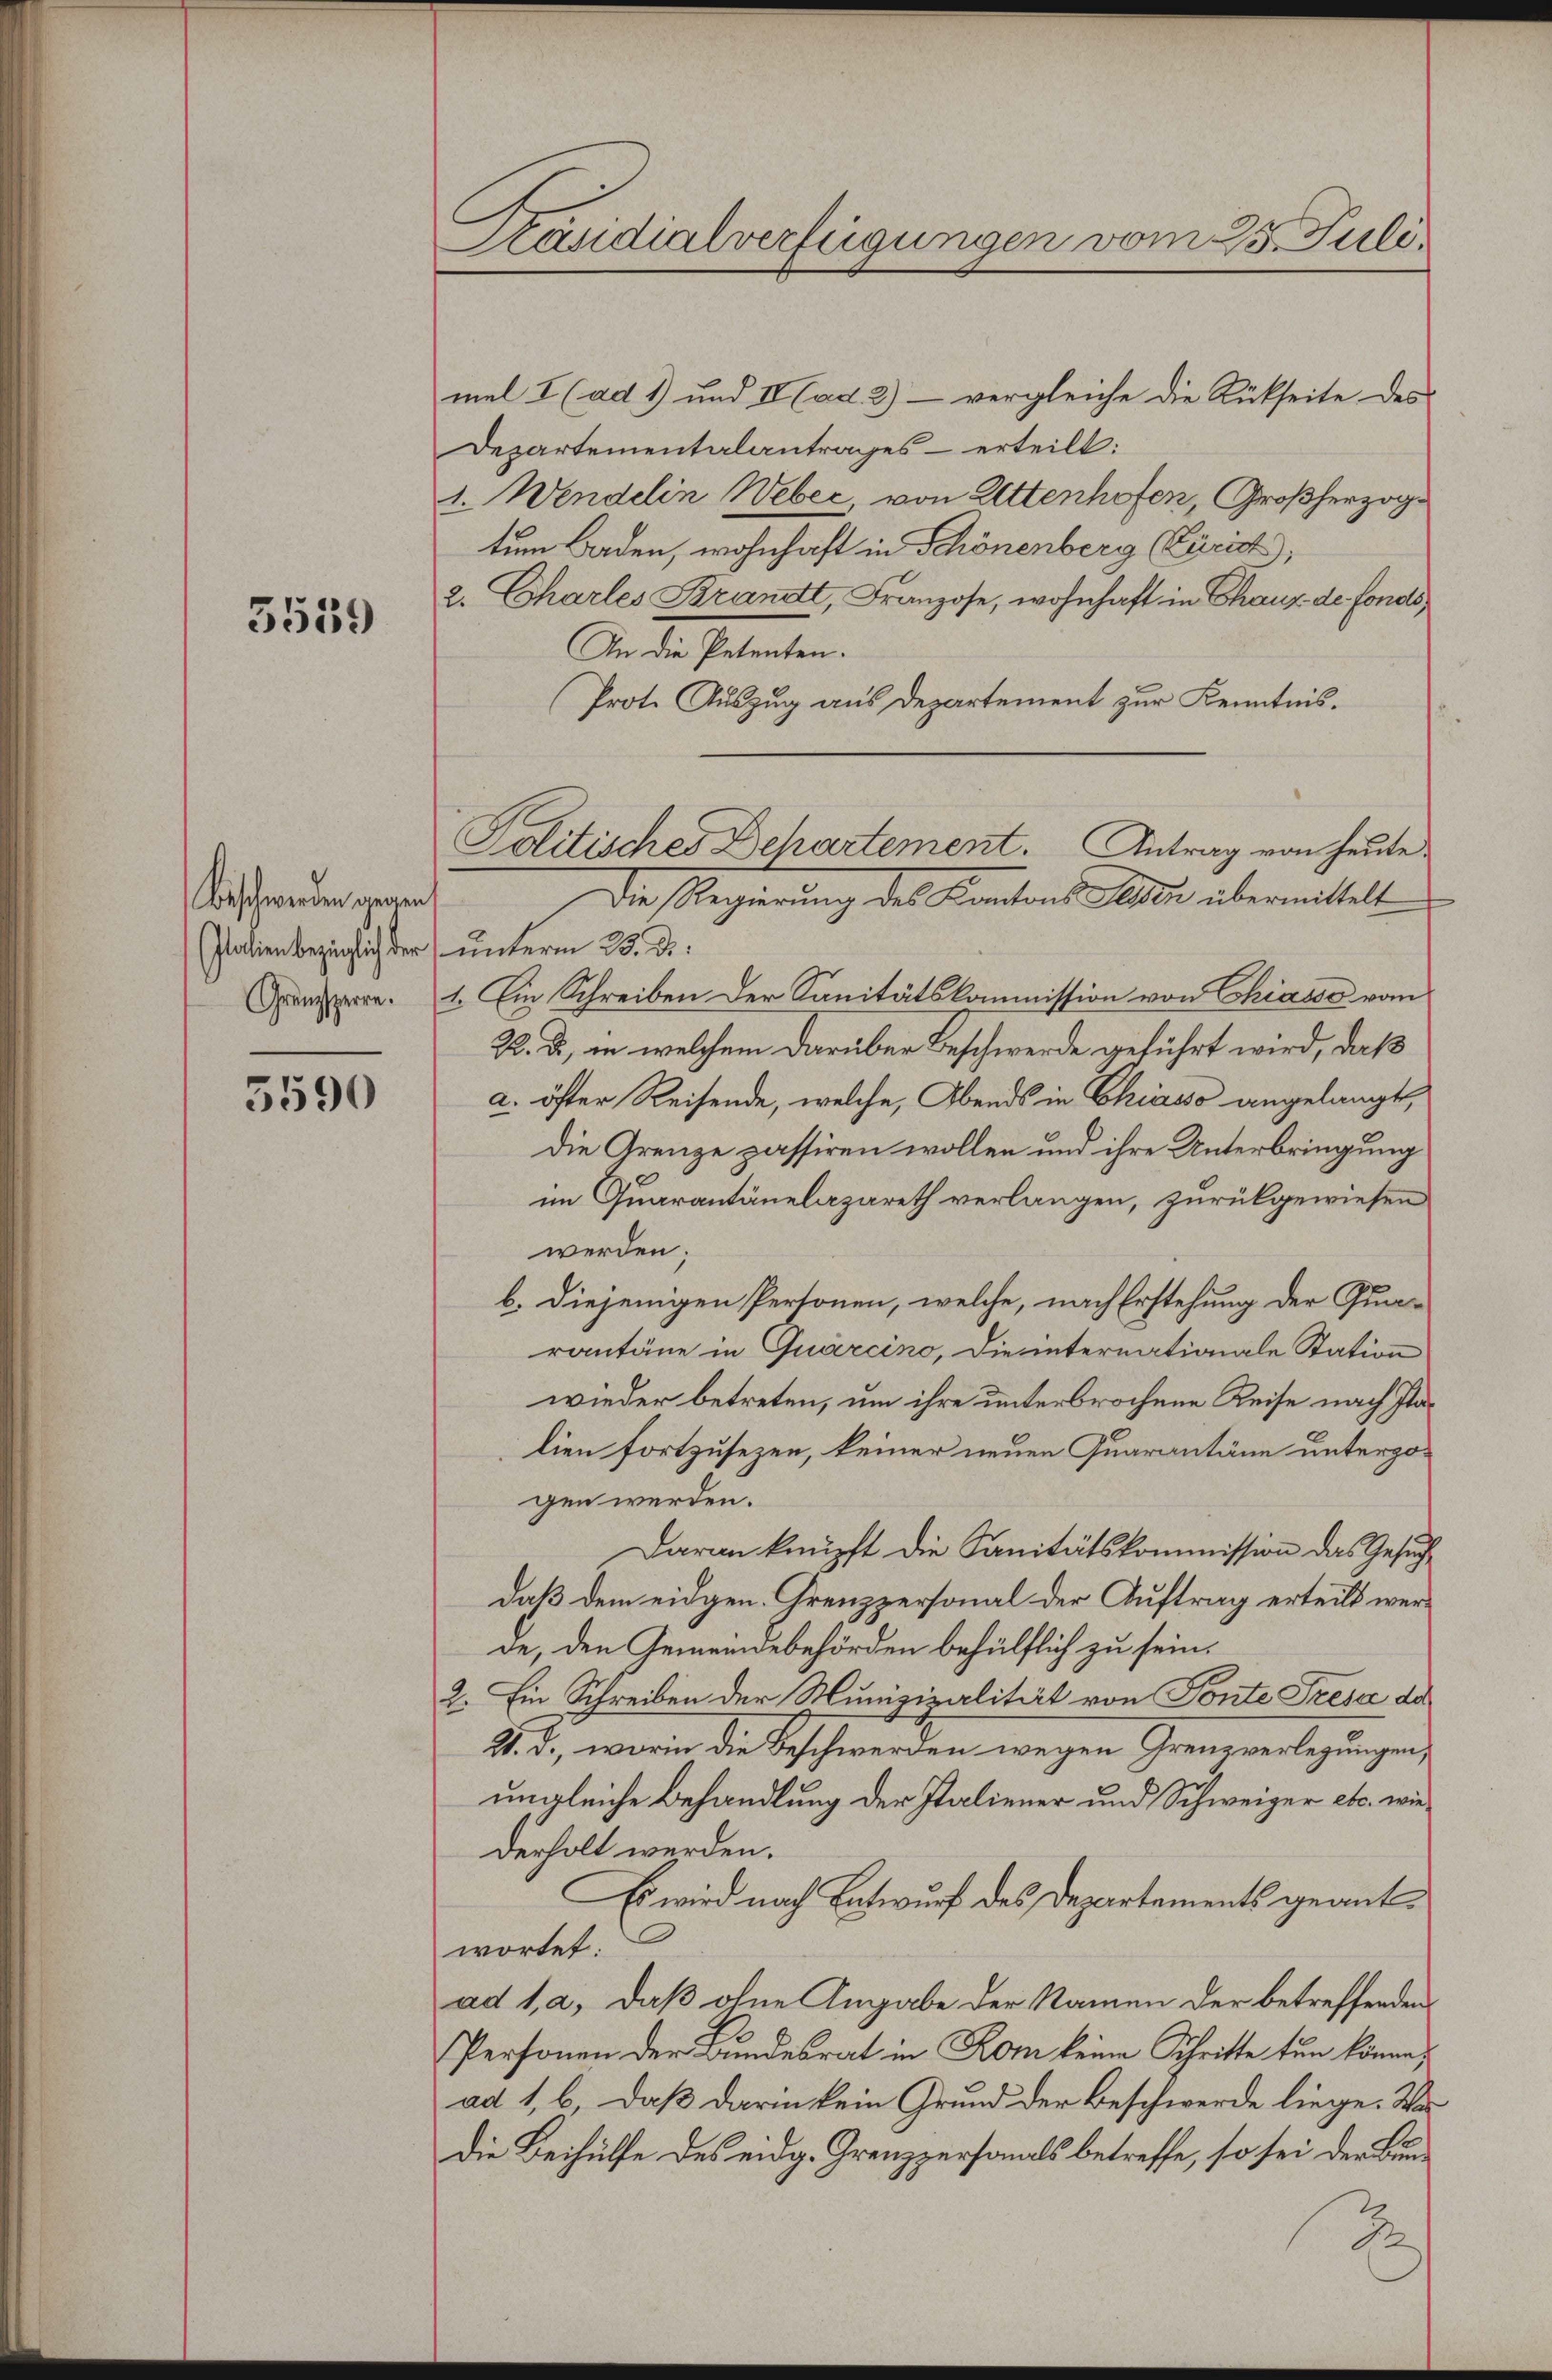
5539

Beschwerden gegen
Italien bezüglich der
Gränzsperre.

3590

Präsidialverfügungen vom 25. Juli.

mel I (ad 1) und II (ad. 2) — vergleiche die Rückseite des
Departementalantrages – erteilt:
1. Wendelin Weber, von Littenhofen, Großherzogtum Baden, wohnhaft in Schönenberg (Zürich,
2. Charles Brandt, Franzose, wohnhaft in Chaus de fonds,
An die Petenten.
Prot. Auszug aus Departement zur Kenntnisunterm 23. d.
1. Ein Schreiben der Sanitätskommission von Chiasso vom
22. ds., in welchem darüber Beschwerde geführt wird, daß
a. öfter Reisende, welche, Abends in Chiasso angelangt,
die Grenze passiren wollen und ihre Unterbringung
im Quarantänelazareth verlangen, zurückgewiesen
werden;
b. diejenigen Personen, welche, nach Erstehung der Qua-
rantäne in Quarcino, die internationale Station
wieder betreten, um ihre unterbrochene Reise nach Plalien fortzusezen, keiner neuen Quarantäne unterzogen werden.
Daran knüpft die Sanitätskommission das Gesuche
daß dem eidgen. Krenzpersonal der Auftrag erteilt werde, den Gemeindebehörden behülflich zu sein.
2. Ein Schreiben der Munizipalität von Ponte Fresa da
21. d., worin die Beschwerden wegen Grenzverlegungen,
ungleiche Behandlung der Italiener und Schweiger etc. wie
derholt werden.
Es wird nach Entwurf des Departements geantwortet:
ad 1, a, daß ohne Angabe der Namen der betreffenden
Personen der Bundesrat in Rom keine Schritte tun könne,
ad 1, b. daß darin kein Grund der Beschwerde liege. Was
Die Beihülfe des eidg. Grenzpersonals betreffe, so sei der Bund
2

Politisches Behartement. Antrag von heute
Die Regierung des Kantons Felder übermittelt